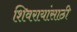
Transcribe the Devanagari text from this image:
शिवरायांसाठी